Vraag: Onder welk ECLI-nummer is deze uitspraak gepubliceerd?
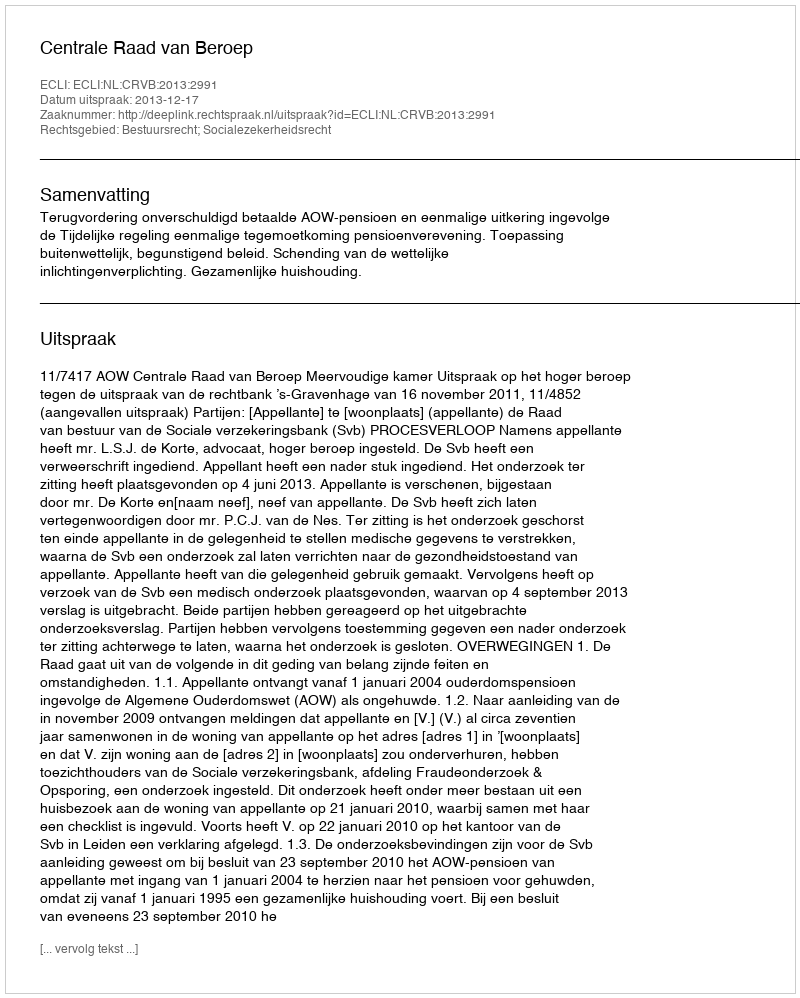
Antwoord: ECLI:NL:CRVB:2013:2991